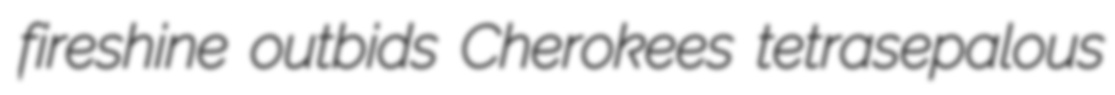
fireshine outbids Cherokees tetrasepalous